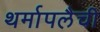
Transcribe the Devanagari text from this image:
थर्मापलैची